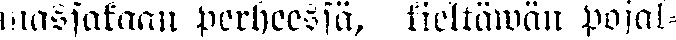
massakaan perheessä, kieltäwän pojal-